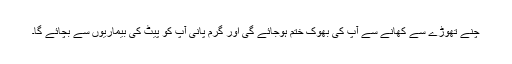
چنے تھوڑے سے کھانے سے آپ کی بھوک ختم ہوجائے گی اور گرم پانی آپ کو پیٹ کی بیماریوں سے بچائے گا۔